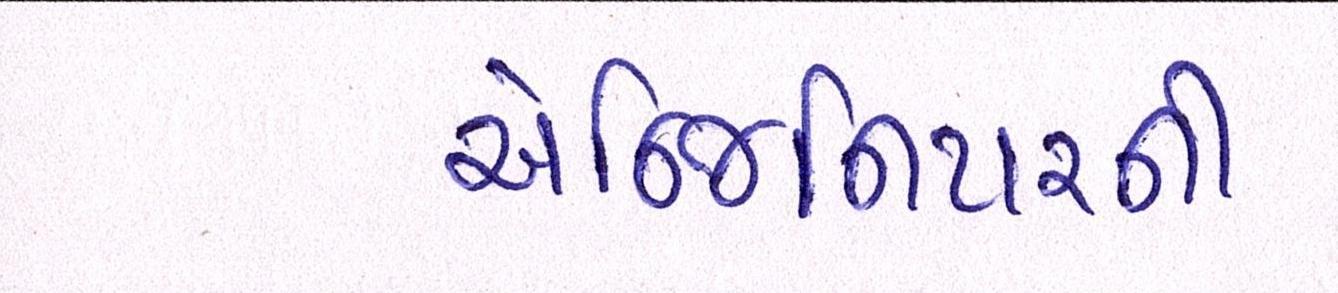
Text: એન્જિનિયરની